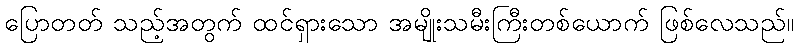
ပြောတတ် သည့်အတွက် ထင်ရှားသော အမျိုးသမီးကြီးတစ်ယောက် ဖြစ်လေသည်။